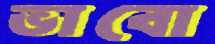
ভাবো